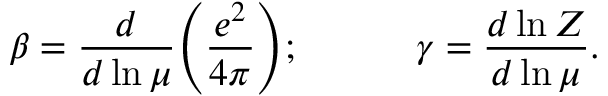
\beta = \frac { d } { d \ln \mu } \Bigg ( \frac { e ^ { 2 } } { 4 \pi } \Bigg ) ; \qquad \quad \gamma = \frac { d \ln Z } { d \ln \mu } .